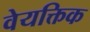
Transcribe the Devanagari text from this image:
वेयक्तिक